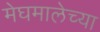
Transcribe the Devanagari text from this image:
मेघमालेच्या